Indian journal of veterinary science and animal husbandry - Volume 10,
Year: 1940
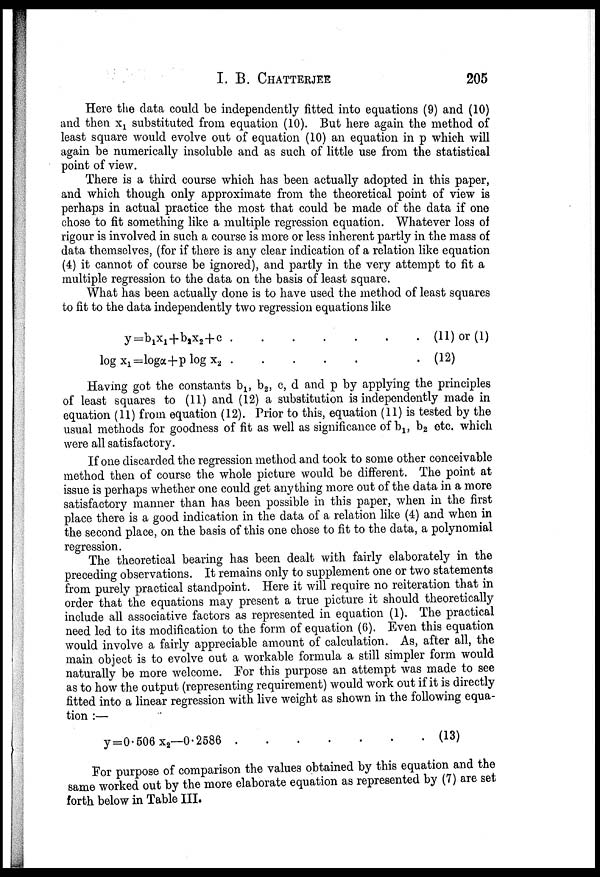
I. B.
CHATTERJEE
205
Here the data could be independently fitted into equations (9) and (10)
and then x 1 substituted from equation (10). But here again the method of
least square would evolve out of equation (10) an equation in p which will
again be numerically insoluble and as such of little use from the statistical
point of view.
There is a third course which has been actually adopted in this paper,
and which though only approximate from the theoretical point of view is
perhaps in actual practice the most that could be made of the data if one
chose to fit something like a multiple regression equation. Whatever loss of
rigour is involved in such a course is more or less inherent partly in the mass of
data themselves, (for if there is any clear indication of a relation like equation
(4) it cannot of course be ignored), and partly in the very attempt to fit a
multiple regression to the data on the basis of least square.
What has been actually done is to have used the method of least squares
to fit to the data independently two regression equations like
y=b 1 x 1 + b 2 x 2 + c
(11)or(1)
log x 1 =logα+p log
x 2
. (12)
Having got the constants b 1 , b 2 , c, d and p by applying the principles
of least squares to (11) and (12) a substitution is independently made in
equation (11) from equation (12). Prior to this, equation (11) is tested by the
usual methods for goodness of fit as well as significance of b 1 , b 2 etc. which
were all satisfactory.
If one discarded the regression method and took to some other conceivable
method then of course the whole picture would be different. The point at
issue is perhaps whether one could get anything more out of the data in a more
satisfactory manner than has been possible in this paper, when in the first
place there is a good indication in the data of a relation like (4) and when in
the second place, on the basis of this one chose to fit to the data, a polynomial
regression.
The theoretical bearing has been dealt with fairly elaborately in the
preceding observations. It remains only to supplement one or two statements
from purely practical standpoint. Here it will require no reiteration that in
order that the equations may present a true picture it should theoretically
include all associative factors as represented in equation (1). The practical
need led to its modification to the form of equation (6). Even this equation
would involve a fairly appreciable amount of calculation. As, after all, the
main object is to evolve out a workable formula a still simpler form would
naturally be more welcome. For this purpose an attempt was made to see
as to how the output (representing requirement) would work out if it is directly
fitted into a linear regression with live weight as shown in the following equa
tion :—
y=0.506x 2 —0.2586
(13)
For purpose of comparison the values obtained by this equation and the
same worked out by the more elaborate equation as represented by (7) are set
forth below in Table III.